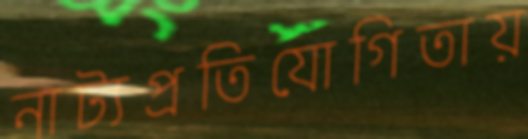
নাট্যপ্রতিযোগিতায়